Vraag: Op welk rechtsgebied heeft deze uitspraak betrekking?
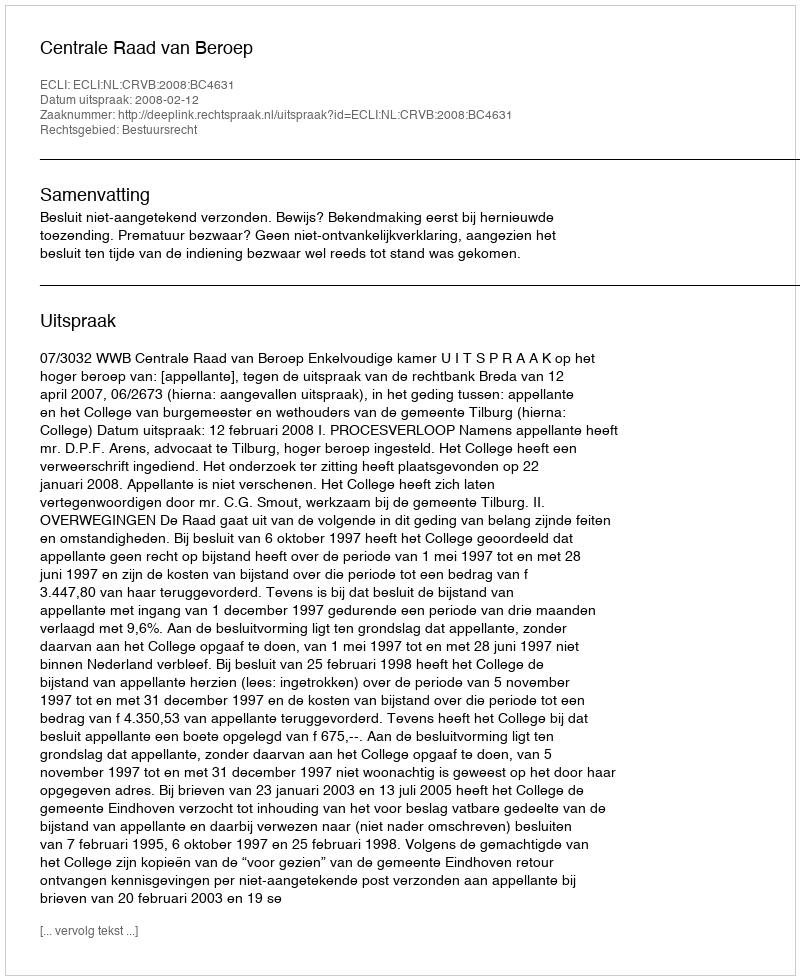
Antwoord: Bestuursrecht